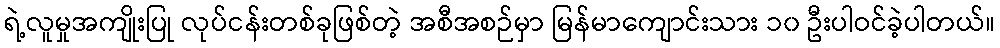
ရဲ့လူမှုအကျိုးပြု လုပ်ငန်းတစ်ခုဖြစ်တဲ့ အစီအစဉ်မှာ မြန်မာကျောင်းသား ၁၀ ဦးပါဝင်ခဲ့ပါတယ်။